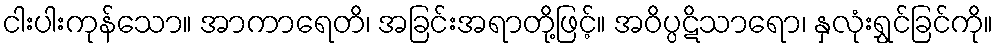
ငါးပါးကုန်သော။ အာကာရေတိ၊ အခြင်းအရာတို့ဖြင့်။ အဝိပ္ပဋိသာရော၊ နှလုံးရွှင်ခြင်ကို။